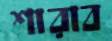
শারাব